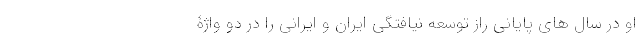
او در سال های پایانی راز توسعه نیافتگی ایران و ایرانی را در دو واژۀ